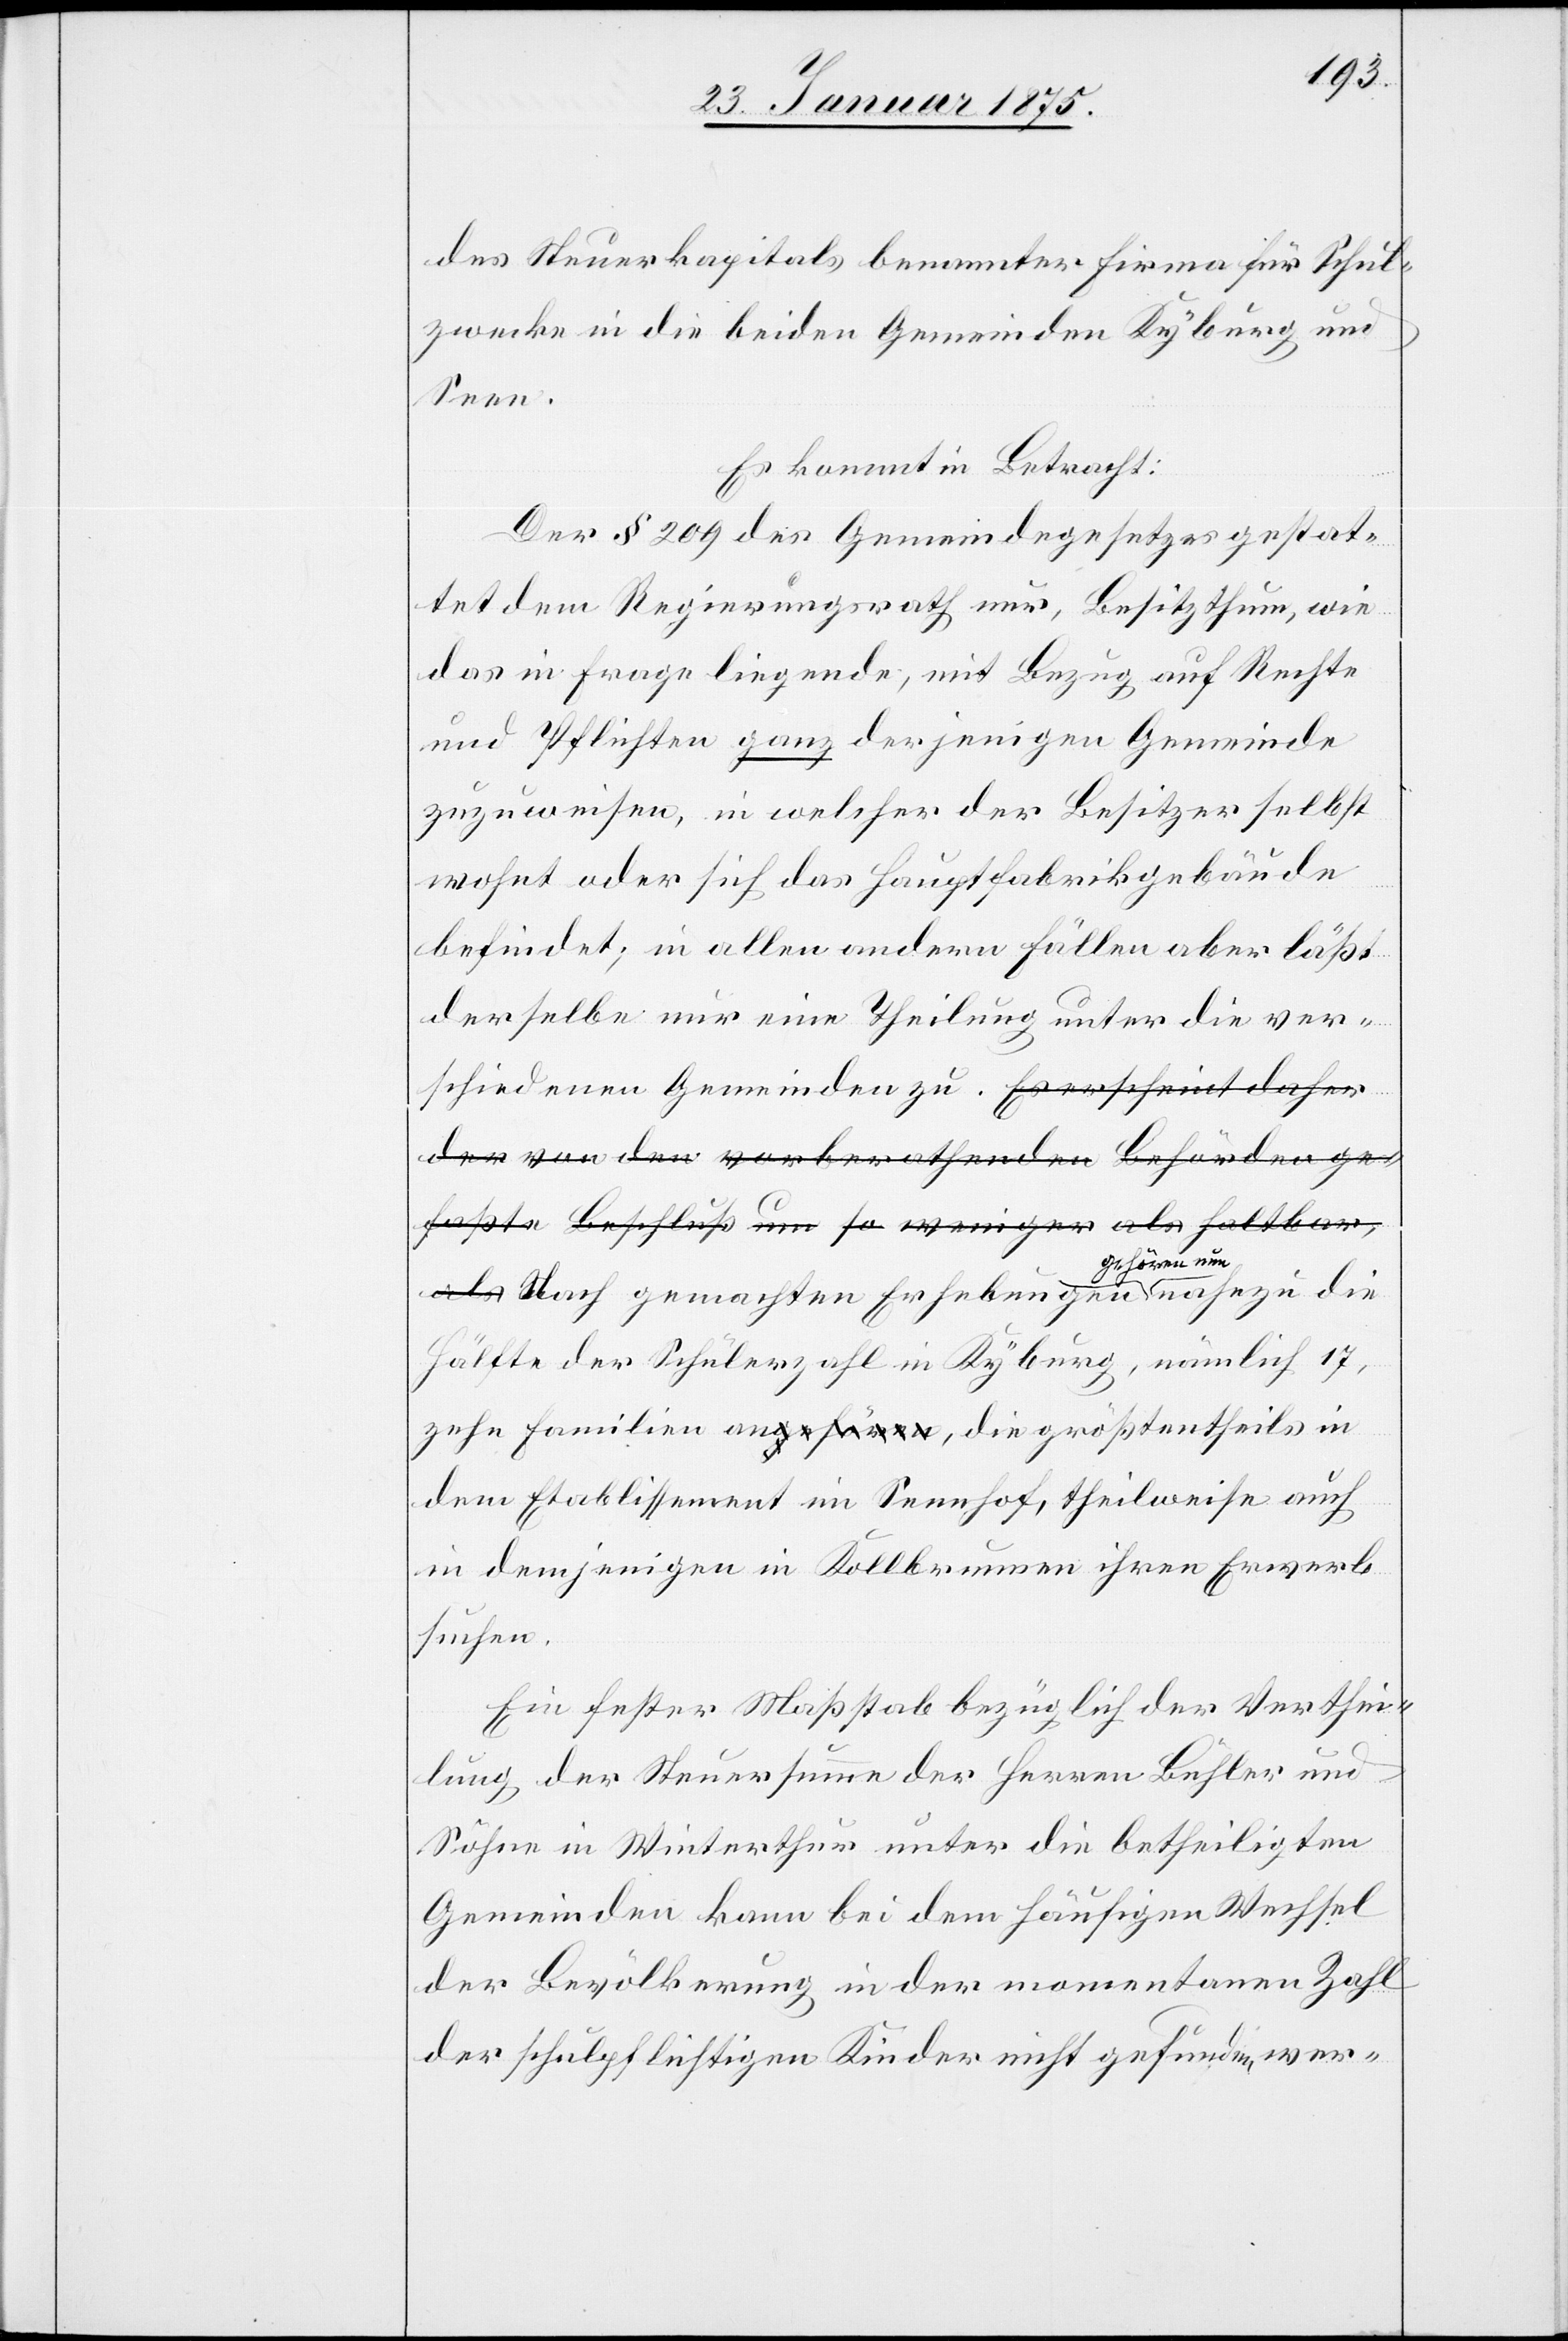
des Steuerkapitals benannter Firma für Schul¬
zwecke in die beiden Gemeinden Kyburg und
Seen.
Es kommt in Betracht:
Der § 209 des Gemeindegesetzes gestat¬
tet dem Regierungsrath nur, Besitzthum, wie
das in Frage liegende, mit Bezug auf Rechte
und Pflichten ganz derjenigen Gemeinde
zuzuweisen in welcher der Besitzer selbst
wohnt oder sich das Hauptfabrikgebäude
befindet; in allen andern Fällen aber läßt
derselbe nur eine Theilung unter die ver¬
schiedenen Gemeinden zu. a-Eschreint daher
der von den vorberathenden Behörden ge¬
faßte Beschluß um so weniger als haltbar,
als-a Nach gemachten Erhebungen a-gehören
Hälfte der Schülerzahl in Kyburg, nämlich 17,
zehn Familien ana-gehören-a, die größtentheil in
dem Etablissement im Sennhof, theilweise auch
in demjenigen in Kollbrunnen ihren Erwerb
suchen.
Ein fester Maßstab bezüglich der Verthei¬
lung der Steuersumme der Herren Bühler und
Söhne in Winterthur unter die betheiligten
Gemeinden kann bei dem häufigen Wechsel
der Bevölkerung in der momentanen Zahl
der schulpflichtigen Kinder nicht gefunden wer-